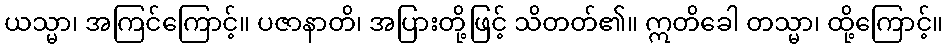
ယသ္မာ၊ အကြင်ကြောင့်။ ပဇာနာတိ၊ အပြားတို့ဖြင့် သိတတ်၏။ ဣတိခေါ တသ္မာ၊ ထို့ကြောင့်။